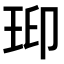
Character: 𤥋